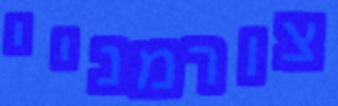
צורמניי